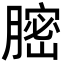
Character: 𦟽